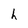
Character: h